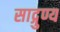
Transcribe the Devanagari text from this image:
साद्गुण्य